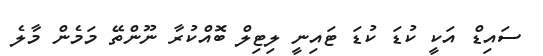
ސައިޑް އަކީ ކުޑަ ކުޑަ ޓައިނީ ލިޓިލް ބޮއްކުރާ ނޫންތޭ މަމެން މާލެ